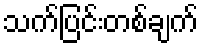
သက်ပြင်းတစ်ချက်